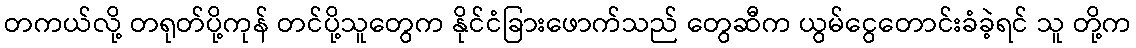
တကယ်လို့ တရုတ်ပို့ကုန် တင်ပို့သူတွေက နိုင်ငံခြားဖောက်သည် တွေဆီက ယွမ်ငွေတောင်းခံခဲ့ရင် သူ တို့က